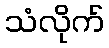
သံလိုက်